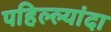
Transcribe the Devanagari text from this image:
पहिल्ल्यांदा